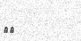
٥١